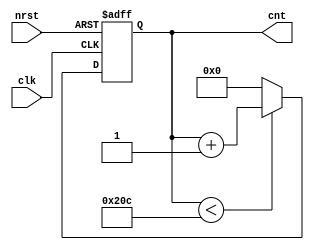
module sync_counter
#(
    parameter COUNT = 524
)
(
    input clk,
    input nrst,
    output reg [9:0] cnt // It wasn't able to be generalized
);

always @ (posedge clk or negedge nrst)
begin
    if(nrst == 1'd0)
        cnt <= 10'd0;
    else
    begin
        if(cnt < COUNT)
            cnt <= cnt + 10'd1;
        else
            cnt <= 10'd0;
    end
end

endmodule